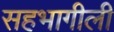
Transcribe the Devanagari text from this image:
सहभागीली